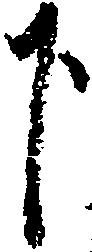
下